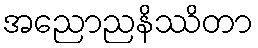
အညောညနိဿိတာ